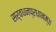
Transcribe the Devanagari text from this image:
सर्वधनप्रधानम्॥